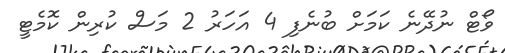
ވޯޓް ނުދޭނެ ކަމަށް ބުނެފި 4 އަހަރު 2 މަސް ކުރިން ކޮމެޓީ